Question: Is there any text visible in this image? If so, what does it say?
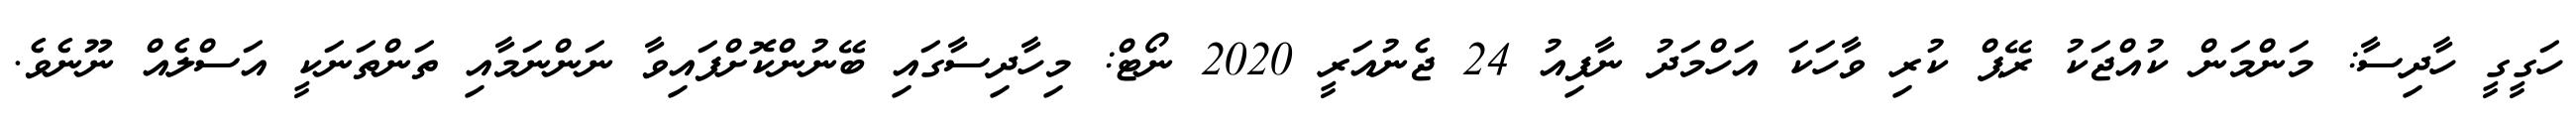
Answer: ހަގީގީ ހާދިސާ: މަންމަން ކުއްޖަކު ރޭޕް ކުރި ވާހަކަ އަހްމަދު ނާފިއު 24 ޖެނުއަރީ 2020 ނޯޓް: މިހާދިސާގައި ބޭނުންކޮށްފައިވާ ނަންނަމާއި ތަންތަނަކީ އަސްލެއް ނޫނެވެ.